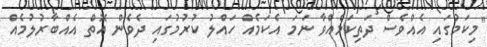
"މިކަމުގައި އެއްވެސް ދަތިކަމެއްވާ ނަމަ އެކަމެއް ހައްލު ކުރުމުގައި ދެވެން އޮތް އެއްބާރުލުމެއް